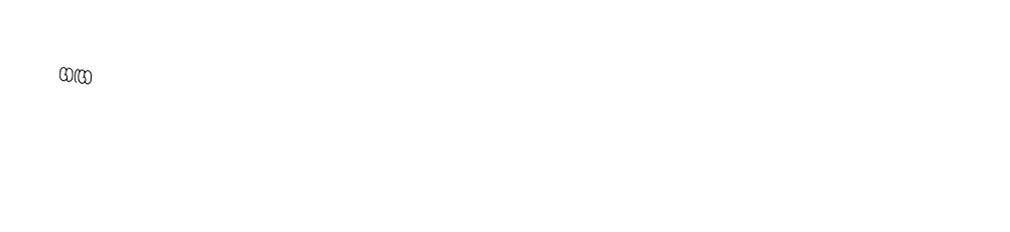
ගඟ